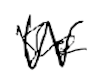
Text: the
Cross-out: zig-zag
Writing tool: digital_black